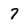
Character: 7